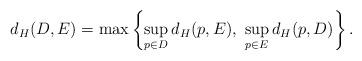
LaTeX: \begin{align*}d_H(D,E)=\max \left\{\sup_{p \in D} d_H(p,E),\ \sup_{p \in E} d_H(p,D)\right\}.\end{align*}